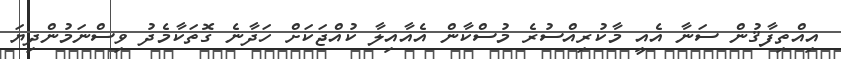
އިއްތިފާޤުން ސަނާ އެއީ މާކުރިއްސުރެ މުސްކާން އެއާއިލާ ކުއްޖަކަށް ހަދާނެ ގޮތަކާމެދު ވިސްނަމުންދިޔަ